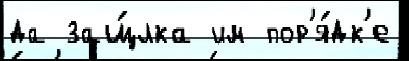
да защ́лка им пор'я́дк'е